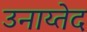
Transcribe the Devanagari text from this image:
उनाय्तेद